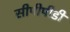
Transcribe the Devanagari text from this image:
सीपीपीडी